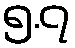
၅.၇